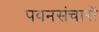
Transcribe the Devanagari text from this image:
पवनसंचारों